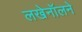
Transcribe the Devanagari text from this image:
लखेनॉलने